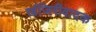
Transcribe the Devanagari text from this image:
खंजिरीवादक